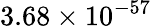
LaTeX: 3.68\times 10^{-57}